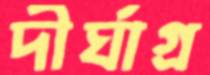
দীর্ঘাগ্র